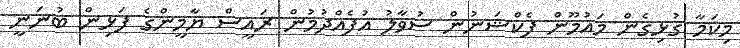
މިކަމާ ގުޅިގެން މައުމޫން ފެކްޝަނުން ސުވާލު އުފެއްދުމުން ރައީސް ޔާމީންގެ ފަޅިން ބުނަނީ